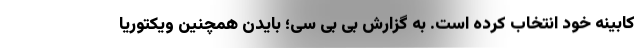
کابینه خود انتخاب کرده است. به گزارش بی بی سی؛ بایدن همچنین ویکتوریا